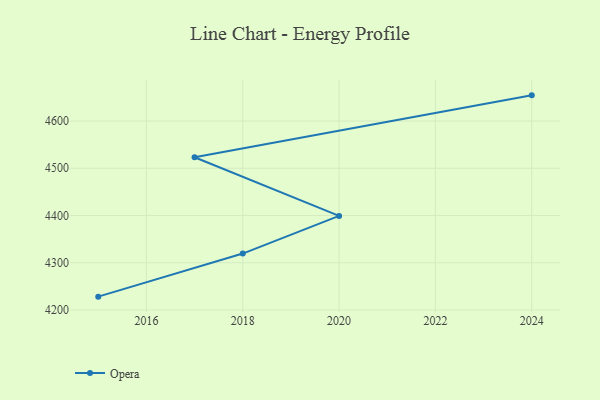
{"axis": {"x": "Year", "y": "Net Income (USD K)"}, "legend": ["Opera"], "data": [{"x": "2015", "y": 4228.3, "type": "Opera"}, {"x": "2018", "y": 4319.5, "type": "Opera"}, {"x": "2020", "y": 4399.2, "type": "Opera"}, {"x": "2017", "y": 4523.3, "type": "Opera"}, {"x": "2024", "y": 4654.4, "type": "Opera"}]}